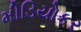
મીડિયોકર